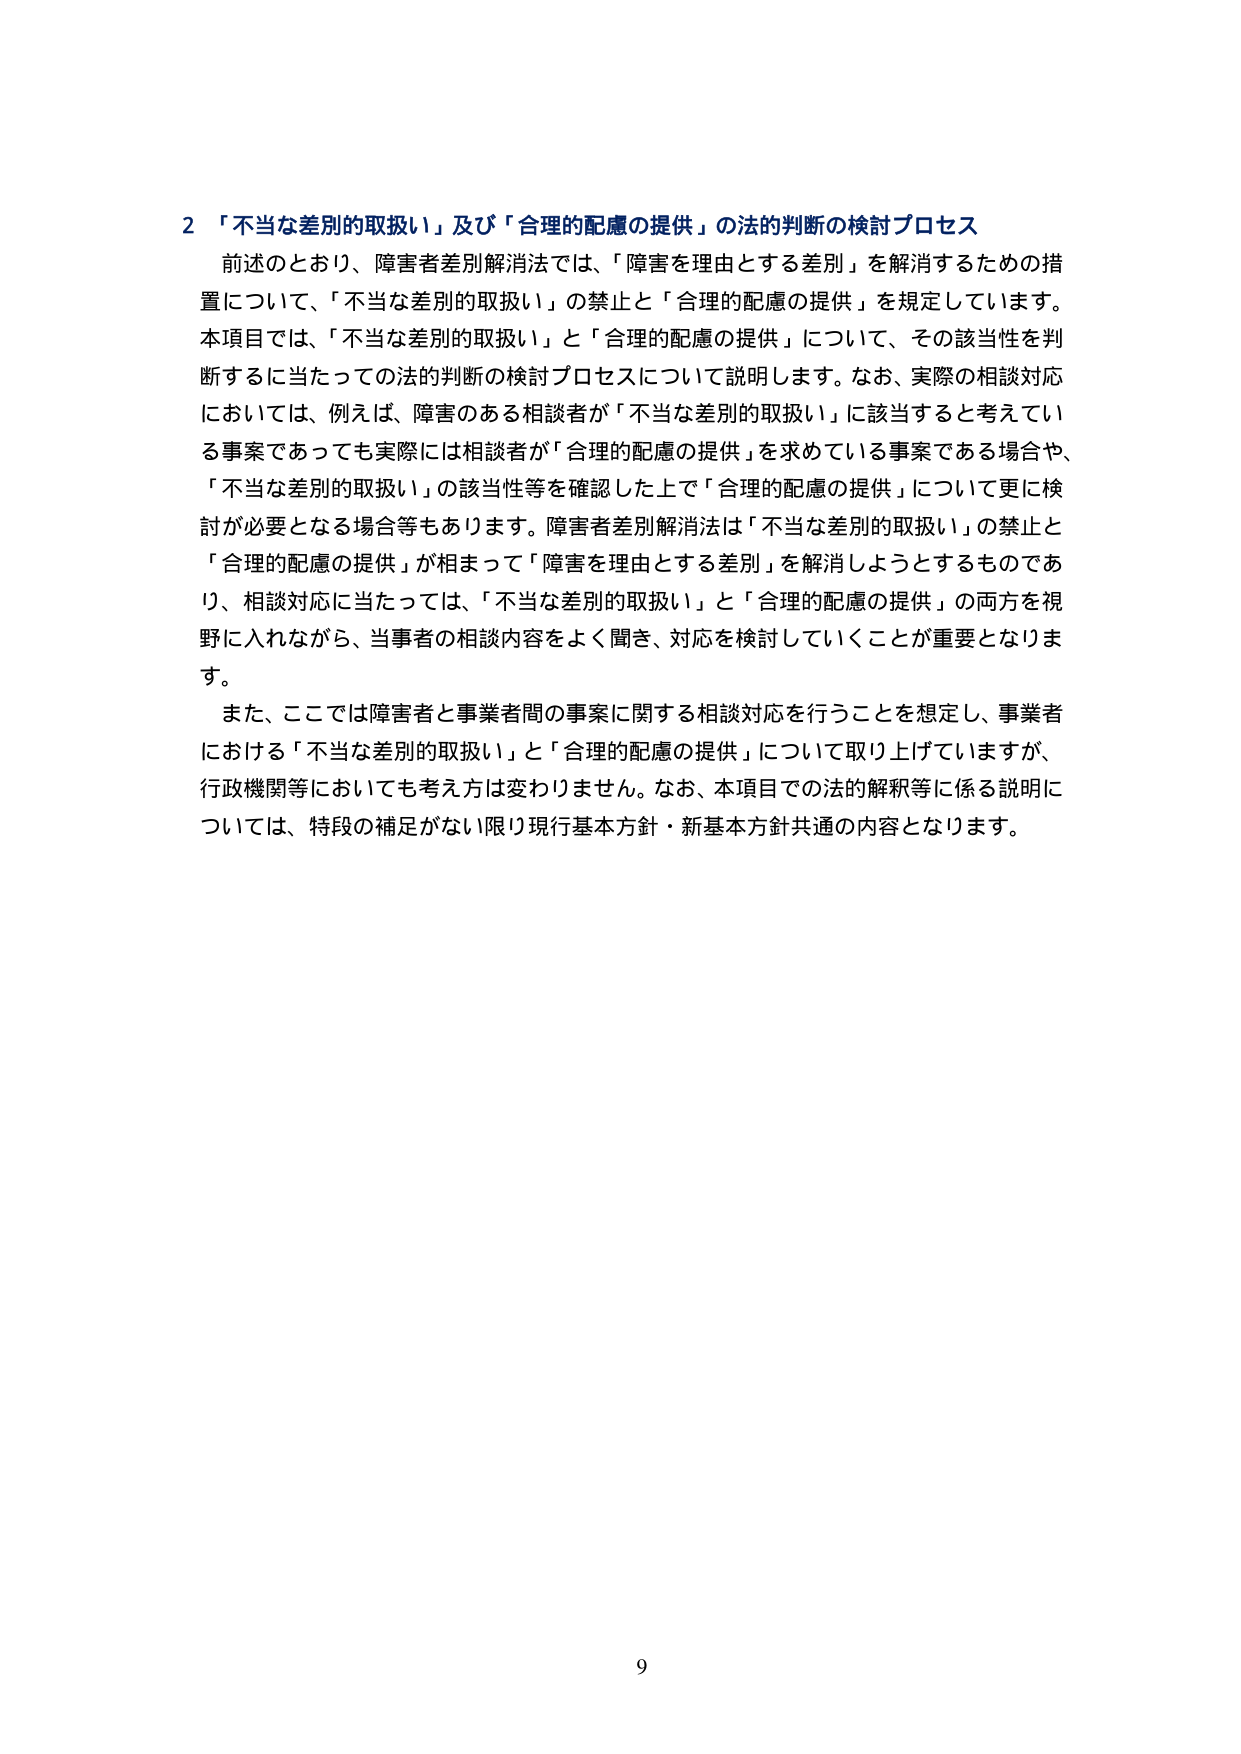
2 「不当な差別的取扱い」及び「合理的配慮の提供」の法的判断の検討プロセス
前述のとおり、障害者差別解消法では、「障害を理由とする差別」を解消するための措置について、「不当な差別的取扱い」の禁止と「合理的配慮の提供」を規定しています。本項目では、「不当な差別的取扱い」と「合理的配慮の提供」について、その該当性を判断するに当たっての法的判断の検討プロセスについて説明します。なお、実際の相談対応においては、例えば、障害のある相談者が「不当な差別的取扱い」に該当すると考えている事案であっても実際には相談者が「合理的配慮の提供」を求めている事案である場合や、「不当な差別的取扱い」の該当性等を確認した上で「合理的配慮の提供」について更に検討が必要となる場合等もあります。障害者差別解消法は「不当な差別的取扱い」の禁止と「合理的配慮の提供」が相まって「障害を理由とする差別」を解消しようとするものであり、相談対応に当たっては、「不当な差別的取扱い」と「合理的配慮の提供」の両方を視野に入れながら、当事者の相談内容をよく聞き、対応を検討していくことが重要となります。
また、ここでは障害者と事業者間の事案に関する相談対応を行うことを想定し、事業者における「不当な差別的取扱い」と「合理的配慮の提供」について取り上げていますが、行政機関等においても考え方は変わりません。なお、本項目での法的解釈等に係る説明については、特段の補足がない限り現行基本方針・新基本方針共通の内容となります。
9